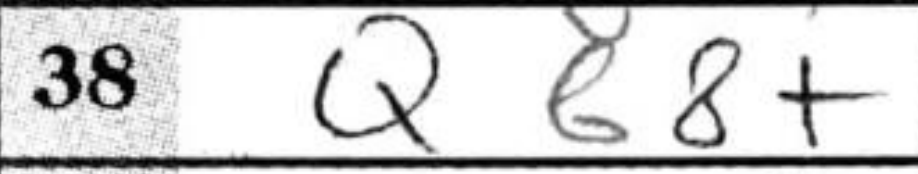
Transcription: Qb8+